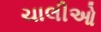
ચાલીઓ